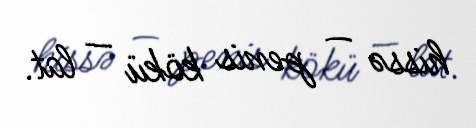
hissə — penis kökü — lat.